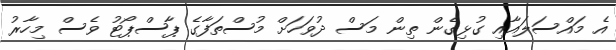
އެ މައްސަލައާއި ގުޅިގެން ތިން މަސް ދުވަހަށް މުސްތަފާގެ ޕާސްޕޯޓު ވެސް މިހާރު